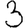
Digit: 3